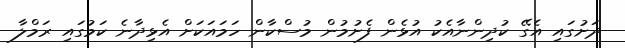
ދަށުގައި އެގޭ ކުދިންނާއެކު އުޅެން ފެށުމުން މުސްކާން ހަމައަކަށް އެޅިދާނެ ކަމުގައި ރަމްލާ